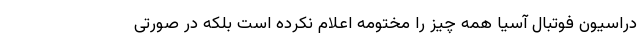
دراسیون فوتبال آسیا همه چیز را مختومه اعلام نکرده است بلکه در صورتی